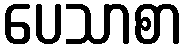
ပေသာစာ